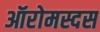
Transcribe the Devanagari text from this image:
ऑरोमस्दस